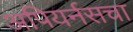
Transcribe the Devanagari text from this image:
अपियर्नसचा